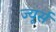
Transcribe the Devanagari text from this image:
ज्यूर्स